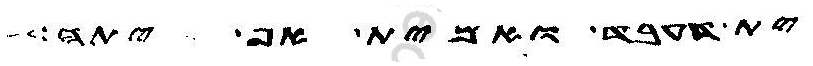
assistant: ית דעבד ואמית אף יתה